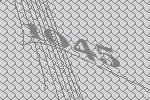
1045